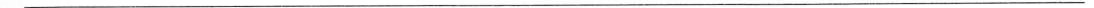
___